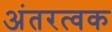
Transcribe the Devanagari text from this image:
अंतरत्‍वक